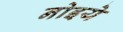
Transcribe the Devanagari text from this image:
नोइये